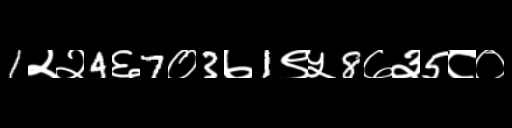
Text: 1२२4६7०3७1९५8७३5८०